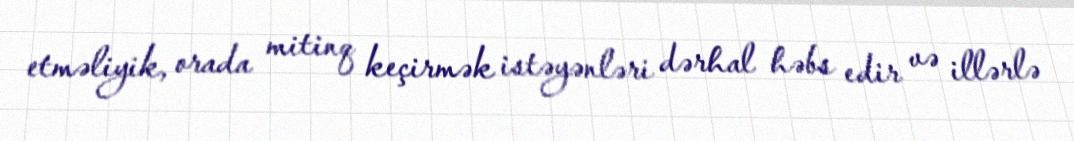
etməliyik, orada mitinq keçirmək istəyənləri dərhal həbs edir və illərlə